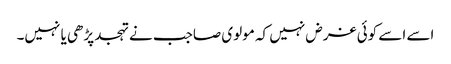
اسے اسے کوئی غرض نہیں کہ مولوی صاجب نے تہجد پڑھی یا نہیں۔